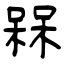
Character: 槑